Trukikaitis_Postimees, lk 88
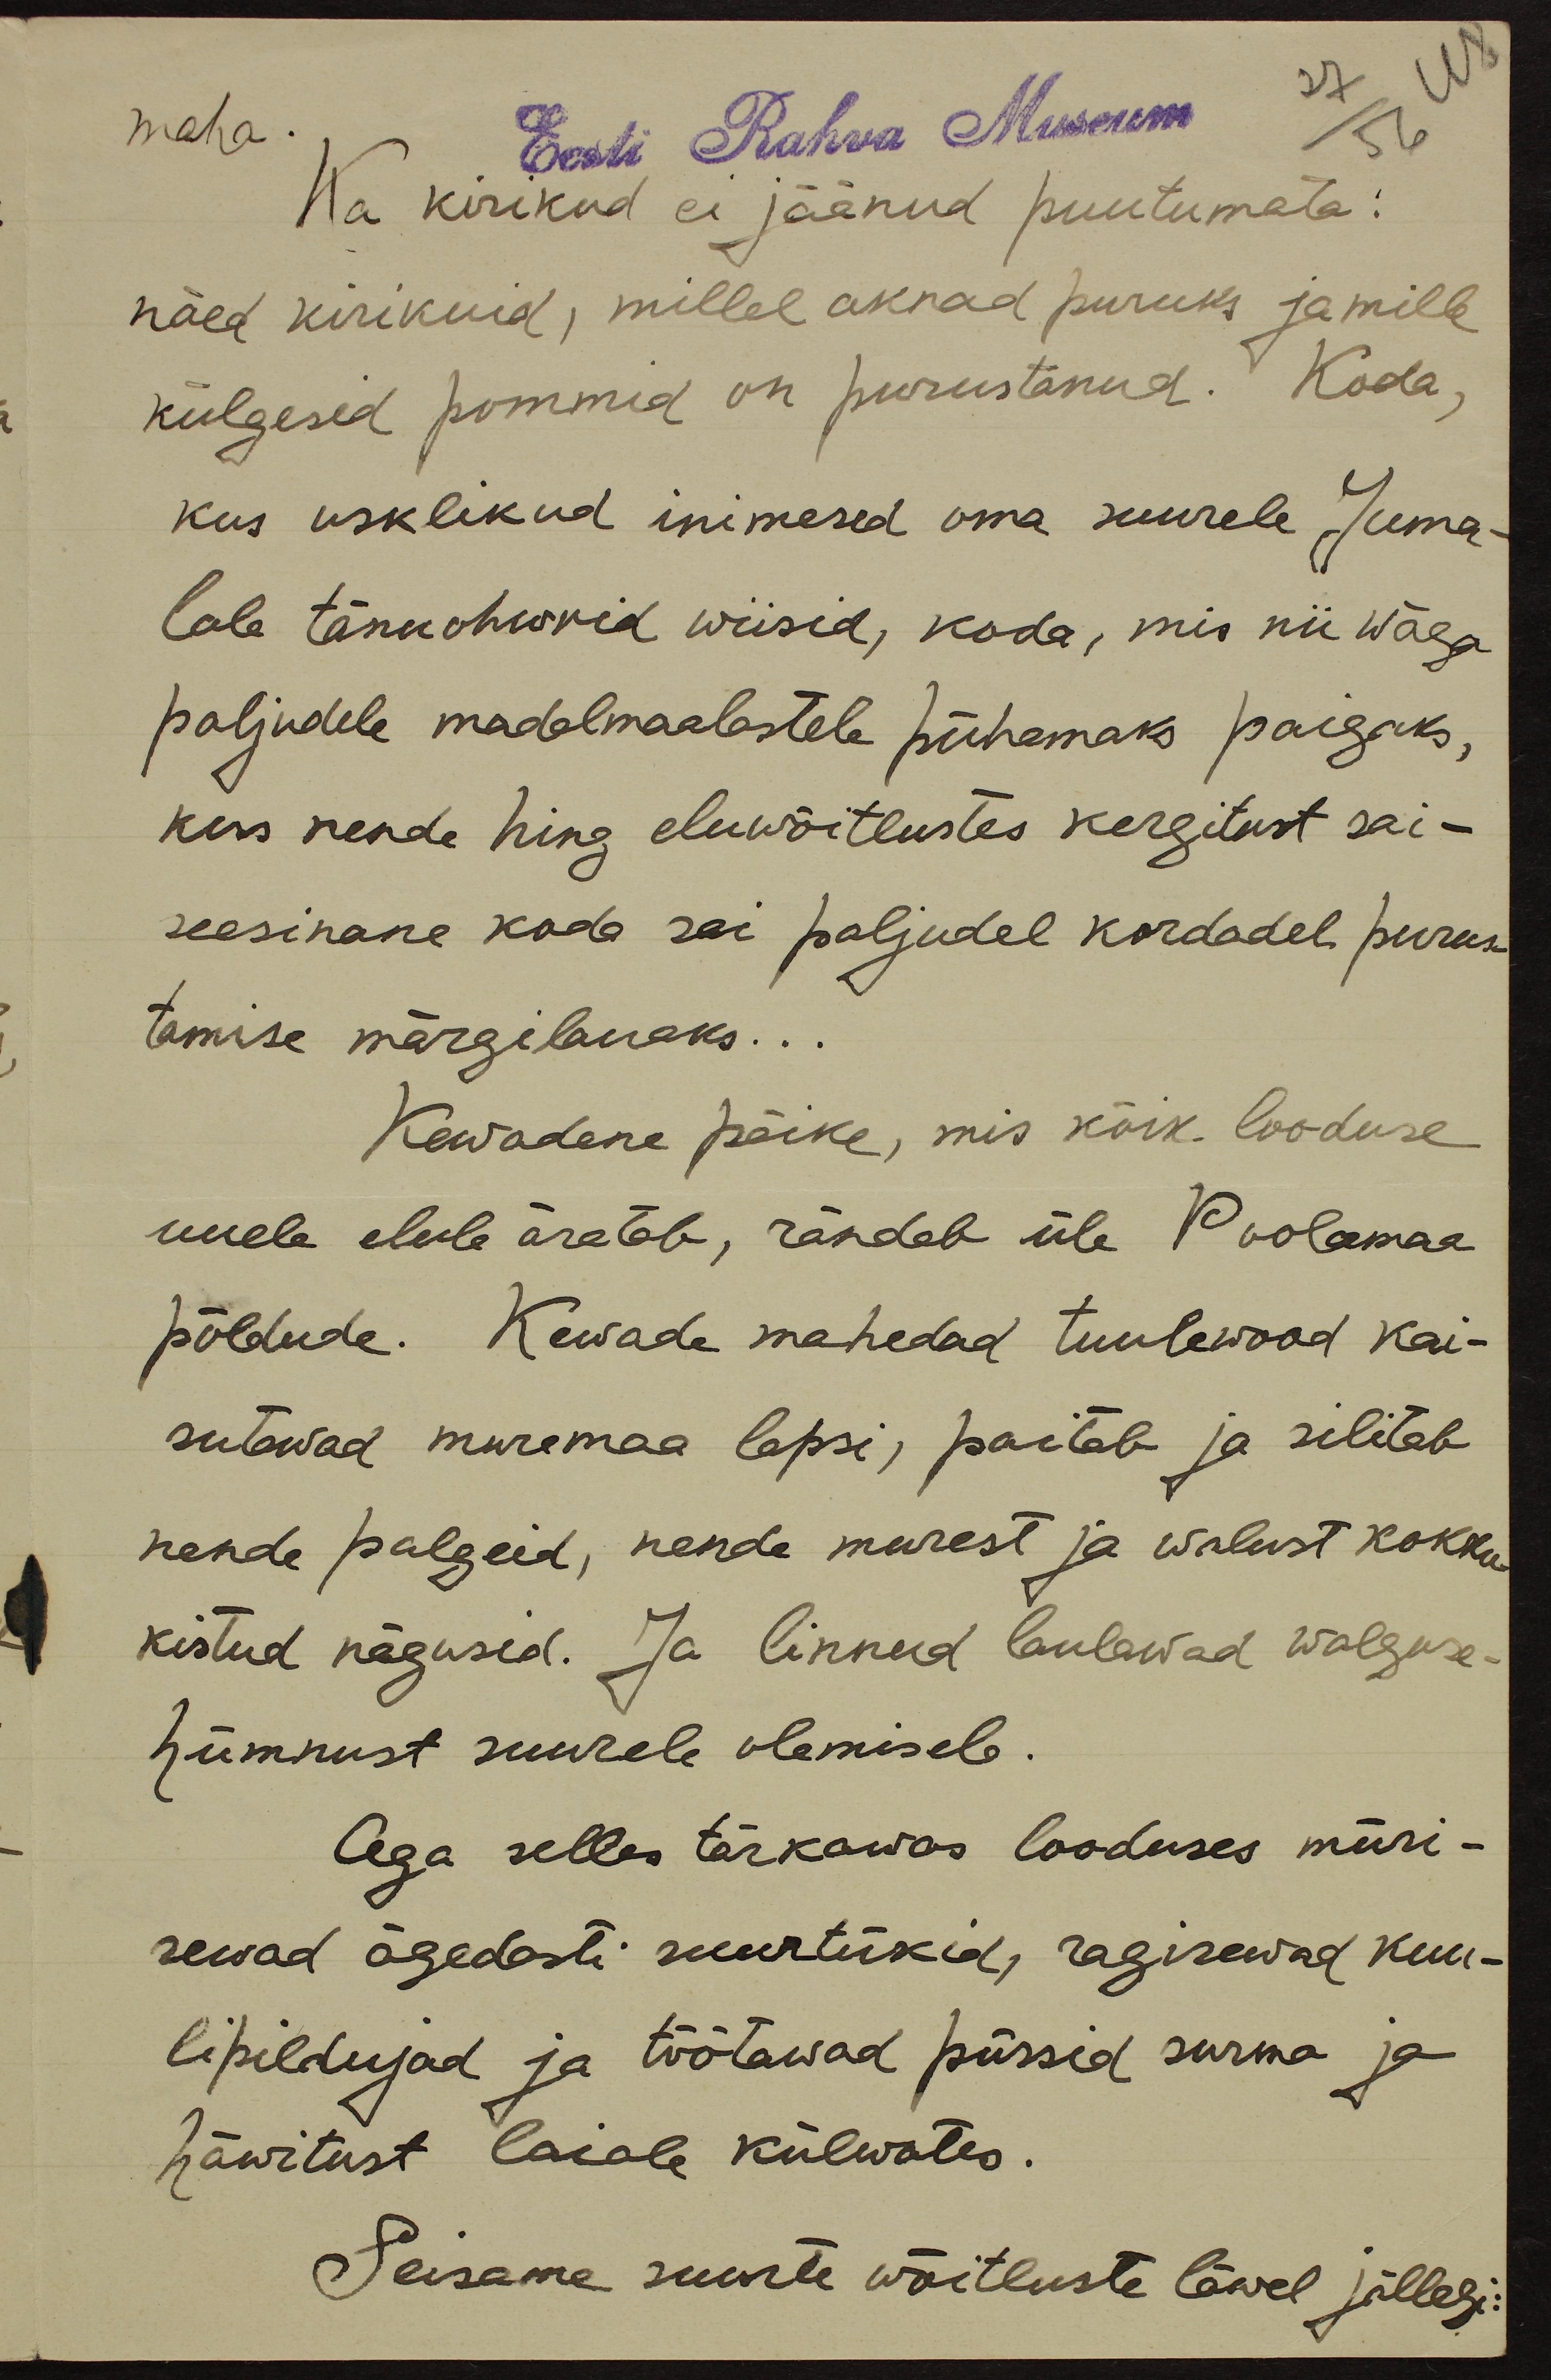
27
48
maha.
Eesti Rahva Museum
56
Ka kirikud ei jäänud puutumata:
näed kirikuid, millel aknad puruks ja mille
külgesid pommid on purustanud. Koda,
kus usklikud inimesed oma suurele Juma-
lale tänuohwrid wiisid, koda, mis nii wäga
paljudele madalmaalastele pühamaks paigaks,
kus nende hing eluwõitlustes kergitust sai -
seesinane koda sai paljudel kordadel purus-
tamise märgilauaks...
Kewadene päike, mis kõik looduse
uuele elule äratab, rändab üle Poolamaa
põldude. Kewade mahedad tuulewood kai-
sutawad muremaa lapsi, paitab ja silitab
nende palgeid, nende murest ja walust kokku-
kistud nägusid. Ja linnud laulawad walguse-
hümnust suurele olemisele.
Aga selles tärkawas looduses müri-
sewad ägedasti suurtükid, ragisewad kuu-
lipildujad ja töötawad püssid surma ja
häwitust laiale külwates.
Seisame suurte wõitluste läwel jällegi: